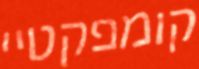
קומפקטיי